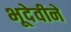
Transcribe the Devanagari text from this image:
भूदेवीने